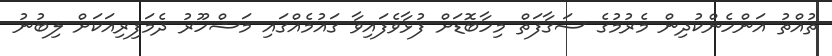
ތުއްތު އަންހެންކުދިން މެރުމުގެ ސަގާފަތް މިހާބޮޑަށް ފުޅާވެފައިވާ ގައުމެއްގައި މަޝްހޫރު ދެމަފިރިއަކަށް ލިބުނު